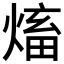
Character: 𱫺